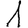
Digit: 1